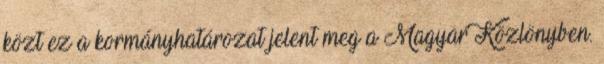
közt ez a kormányhatározat jelent meg a Magyar Közlönyben.